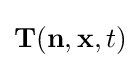
\mathbf {T} (\mathbf {n} ,\mathbf {x} ,t)